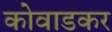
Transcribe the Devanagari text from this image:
कोवाडकर